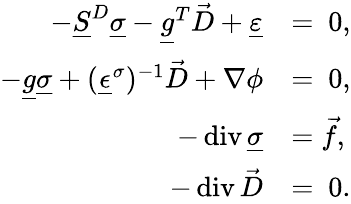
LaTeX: \begin{array}{rl}{-\underline{{S}}^{D}\underline{{\sigma}}-\underline{{g}}^{T}\vec{D}+\underline{{\varepsilon}}}&{=\ 0,}\\ {-\underline{{g}}\underline{{\sigma}}+(\underline{{\epsilon}}^{\sigma})^{-1}\vec{D}+\nabla\phi}&{=\ 0,}\\ {-\operatorname{div}\underline{{\sigma}}}&{=\vec{f},}\\ {-\operatorname{div}\vec{D}}&{=\ 0.}\end{array}